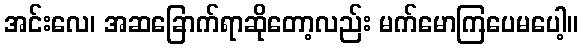
အင်းလေ၊ အဆခြောက်ရာဆိုတော့လည်း မက်မောကြပေမပေါ့။